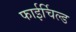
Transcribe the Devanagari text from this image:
फाईर्चिल्ड